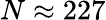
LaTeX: N\approx 227